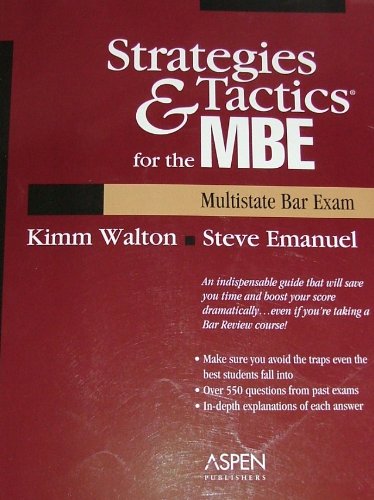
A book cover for Strategies & Tactics for the Mbe Multistate Bar Exam: Multistate Bar Exam; Kimm Alayne Walton; Test Preparation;